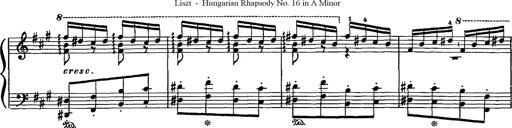
Title: Hungarian Rhapsody No.16
Composer: Franz Liszt
Key: A minor